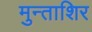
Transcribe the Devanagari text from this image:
मुन्ताशिर